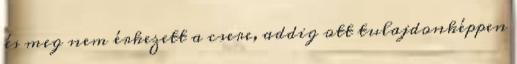
és meg nem érkezett a csere, addig ott tulajdonképpen